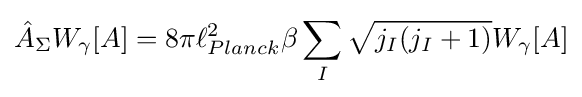
{\hat {A}}_{\Sigma }W_{\gamma }[A]=8\pi \ell _{Planck}^{2}\beta \sum _{I}{\sqrt {j_{I}(j_{I}+1)}}W_{\gamma }[A]